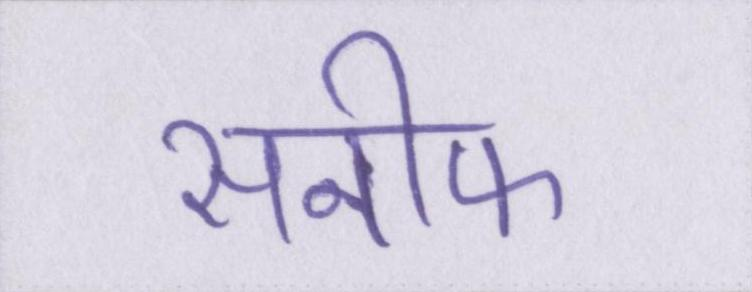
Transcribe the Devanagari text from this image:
सनीफ